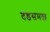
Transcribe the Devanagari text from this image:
दंडसमता